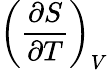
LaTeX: \left({\frac{\partial S}{\partial T}}\right)_{V}